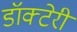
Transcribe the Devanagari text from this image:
डॉक्टेरी